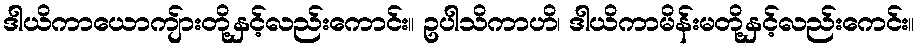
ဒါယိကာယောကျ်ားတို့နှင့်လည်းကောင်း။ ဥပါသိကာဟိ၊ ဒါယိကာမိန်းမတို့နှင့်လည်းကေင်း။